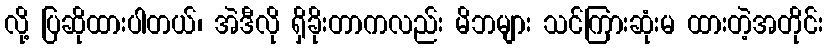
လို့ ပြဆိုထားပါတယ်၊ အဲဒီလို ရှိခိုးတာကလည်း မိဘများ သင်ကြားဆုံးမ ထားတဲ့အတိုင်း